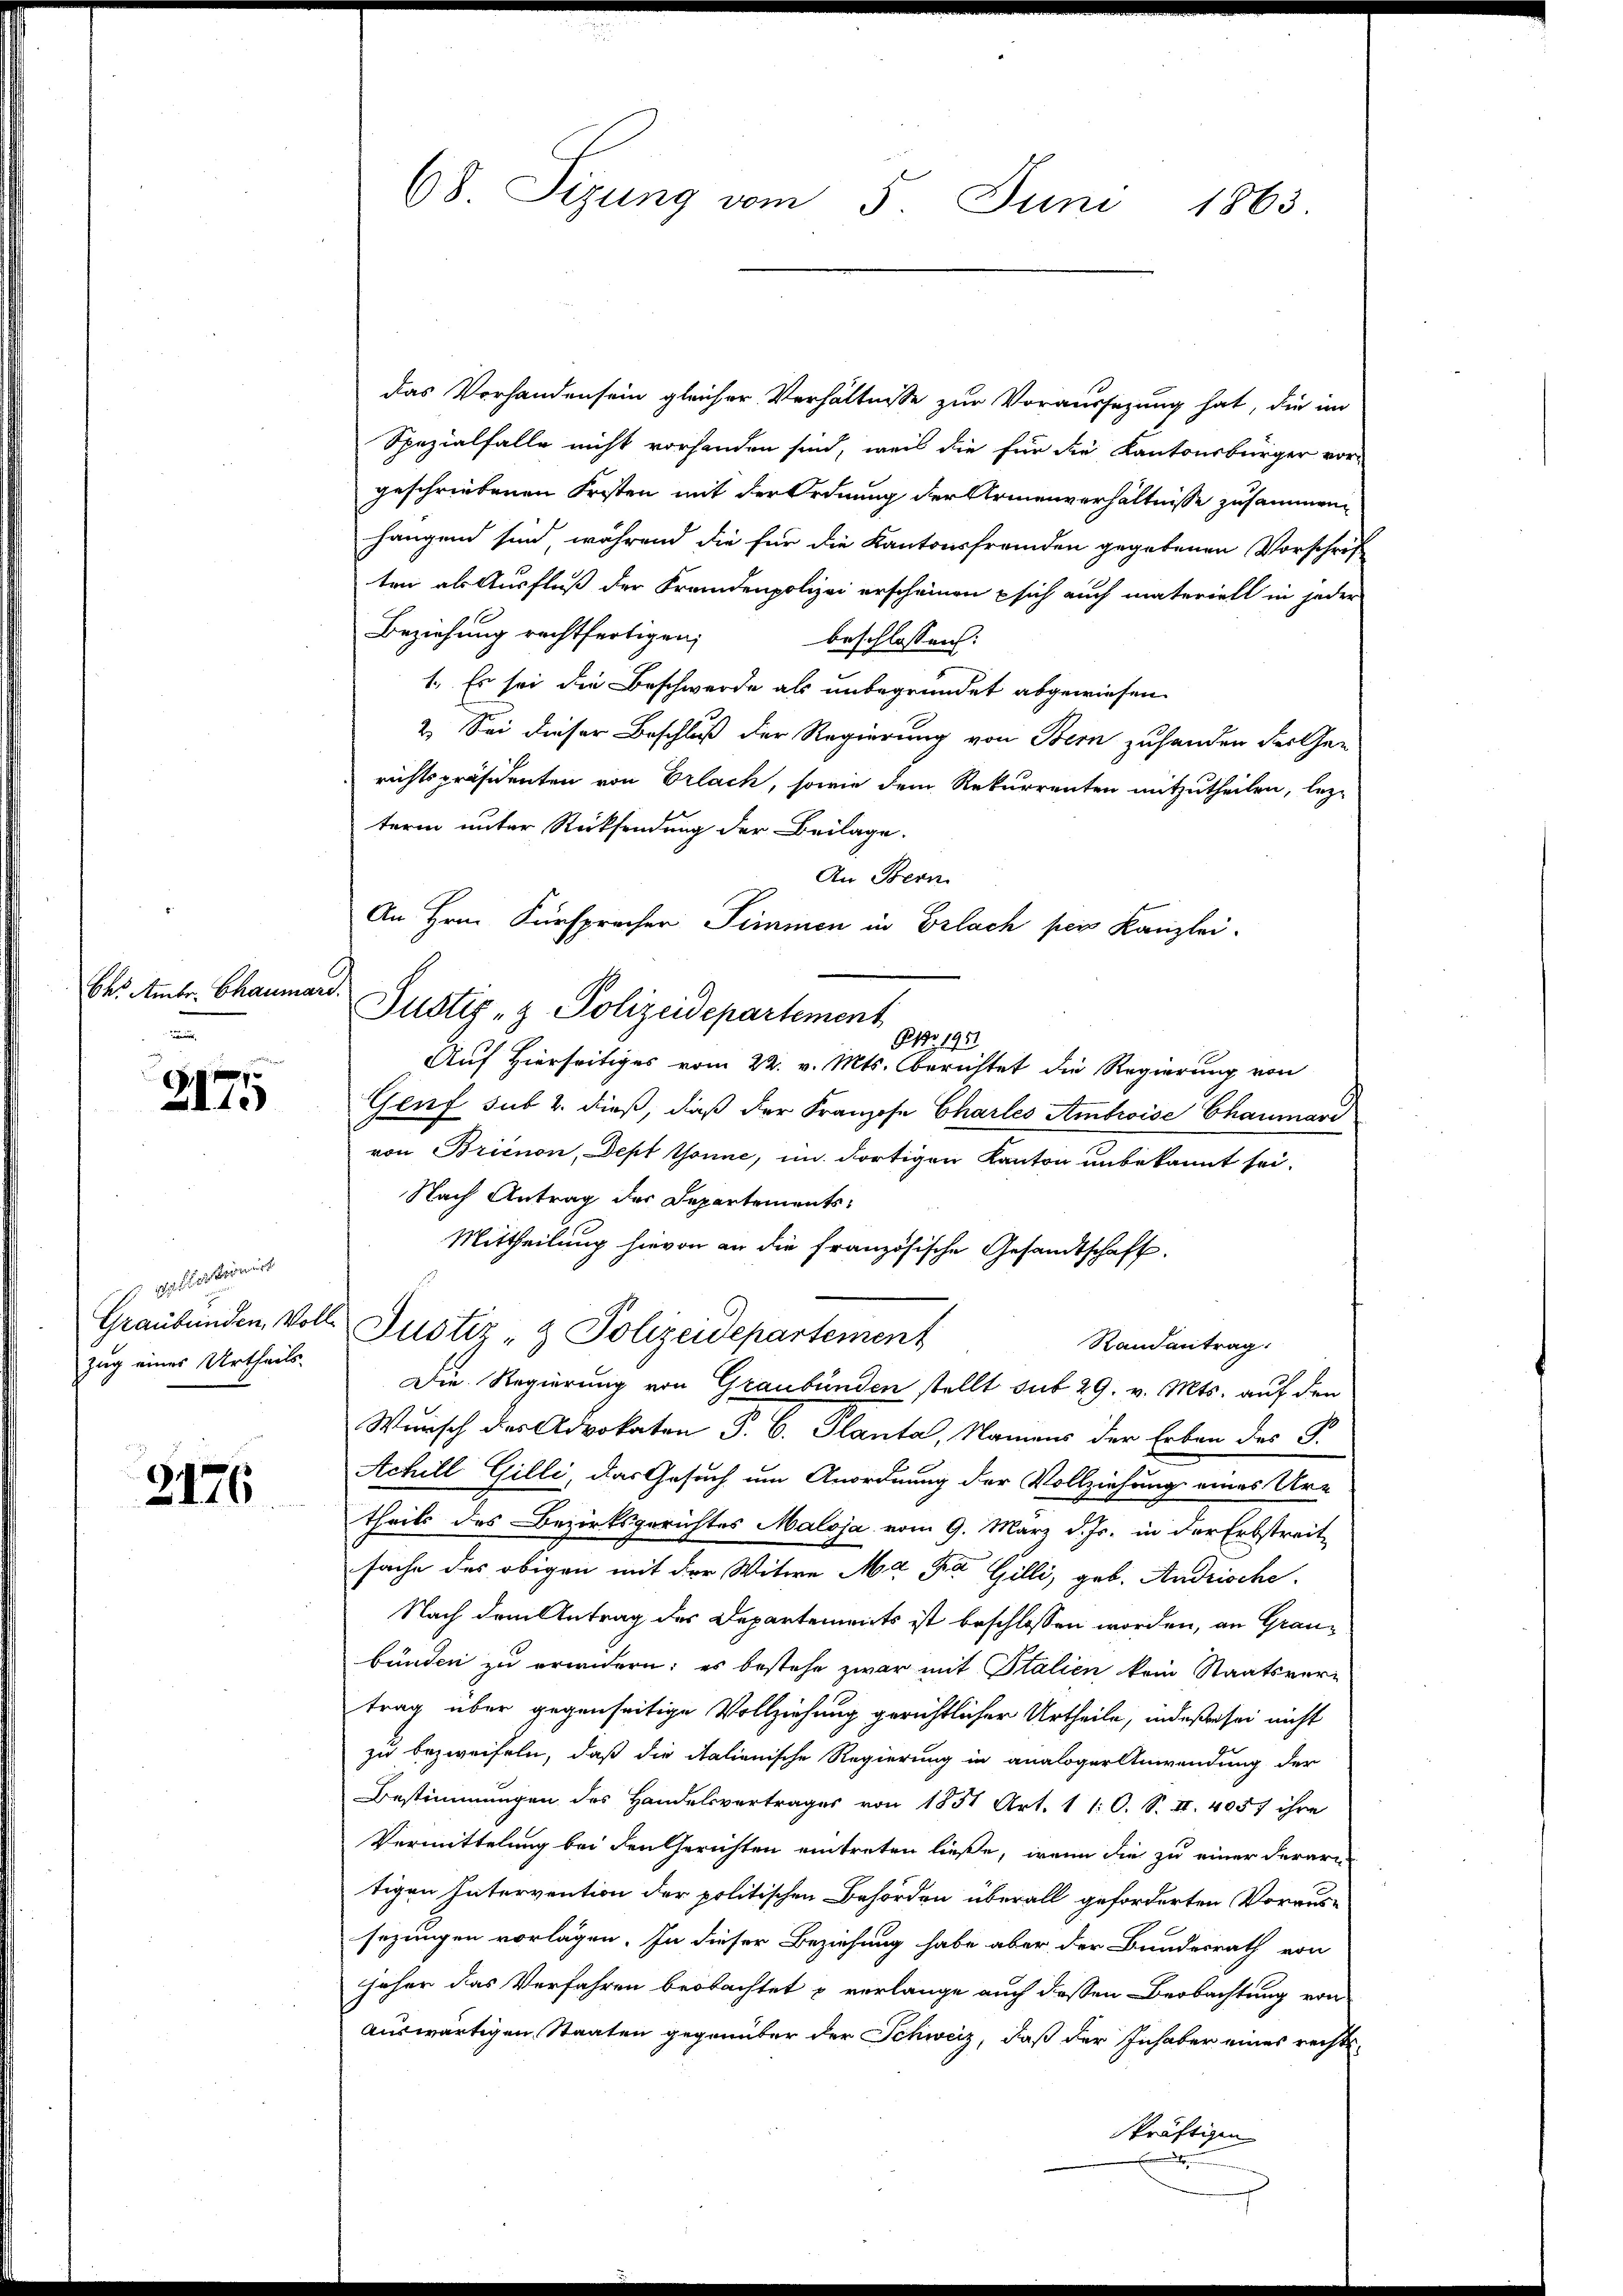
Der Ambr. Chaumar
u

2175

2 politionirt
Zug eines Urtheils

2176

68. Sizung vom 5. Juni 1863.

das Vorhanden sein gleicher Verhältnisse zur Voraussezung hat, die im
Spezialfalle nicht vorhanden sind, weil die für die Kantonsbürger vor-
geschriebenen Fristen mit der Ordnung der Armenverhältnisse zusammen
hangend sind, während die für die Kantonsfremden gegebenen Vorschrift
ten als Ausfluß der Fremdenpolizei erscheinen sich auch materiell in jeder
Beziehung rechtfertigen;
beschlossen:
1. Es sei die Beschwerde als unbegründet abgewiesen.
2. Sei dieser Beschluß der Regierung von Bern zuhanden der Gerichtspräsidenten von Erlach, sowie dem Rekurrenten mitzutheilen, lezterm unter Rücksendung der Beilage.
An Bern
An Hrn. Fürsprocher Simmen in Erlach per Kanzlei.
Justiz- & Polizeidepartement
Ao 1951
Auf Hierseitiges vom 22. v. Mts. berichtet die Regierung von
Genf sub 2. dieß, daß der Franzose Charles Ambroise Chaumard
von Brienon, Dept Gönne, im dortigen Kanton unbekannt sei.
Nach Antrag des Departements
Mittheilung hievon an die französische Gesandtschaft.
Graubünden Volle Justiz & Polizeidepartement
Randantrag
Die Regierung von Graubünden stellt sub 29. v. Mts. auf den
Wunsch der Advokaten P. C. Planta, Namens der Erben des G.
Achill Gilli, das Gesuch um Anordnung der Vollziehung eines Ur-
theils des Bezirksgerichtes Maloja vom 9. März d. Js. in der Erbstreit-
sache des obigen mit der Witwe Ma Da Gilli, geb. Andrische
Nach dem Antrag des Departements ist beschlossen worden, an Graubunden zu erindern; es bestehe zwar mit Italien kein Staatsver-
trag über gegenseitige Vollziehung gerichtlicher Urtheile, indeßen sei nicht
zu bezweifeln, daß die italienische Regierung in analoger Anwendung der
Bestimmungen des Handelsvertrages von 1851 Art. 11: O. S. II. 4057 ihre
Vermittelung bei den Gerichten eintreten ließe, wenn die zu einer derarn
tigen Intervention der politischen Behörden überall geforderten Voraussezungen vorlagen. In dieser Beziehung habe aber der Bundesrath von
jäher das Verfahren beobachtet & verlange auch dessen Beobachtung von
auswärtigen Staaten gegenüber der Schweiz, daß der Inhaber eines rechts-
skräftigen

5